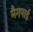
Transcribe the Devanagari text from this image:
मैगपाई